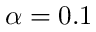
\alpha = 0 . 1